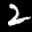
Label: 2